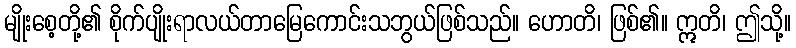
မျိုးစေ့တို့၏ စိုက်ပျိုးရာလယ်တာမြေကောင်းသဘွယ်ဖြစ်သည်။ ဟောတိ၊ ဖြစ်၏။ ဣတိ၊ ဤသို့။